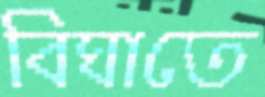
বিঘাতে